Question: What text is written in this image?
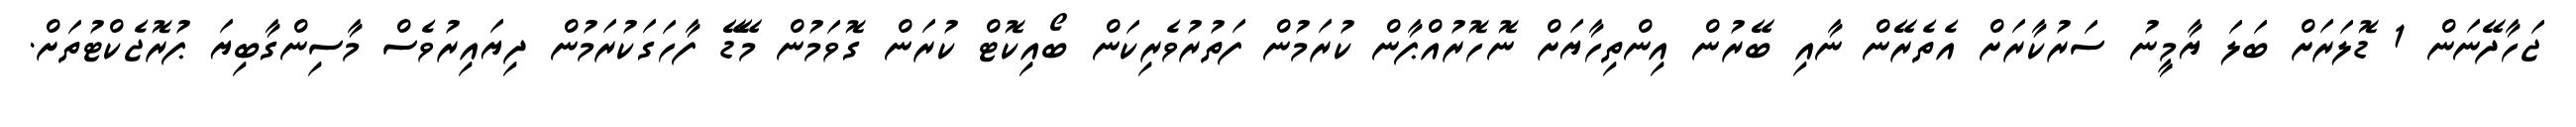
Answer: ޖަހާދޭނަން 1 ޑޮލަރަށް ބަލަ ޔާމީނު ސަރުކާރަށް އެތެރޭން ނާއި ބޭރުން އިންތިހާޔަށް ނޮހޮރުއްޕާން ކުރަމުން ފަތުރުވެރިކަން ބޯއިކޮޓް ކުރަން ގޮވަމުން މޭޑޭ ފާހަގަކުރަމުން ދިޔައިރުވެސް މާސިންގާބިޔަ ޕުރޮޖެކްޓުތަށް.